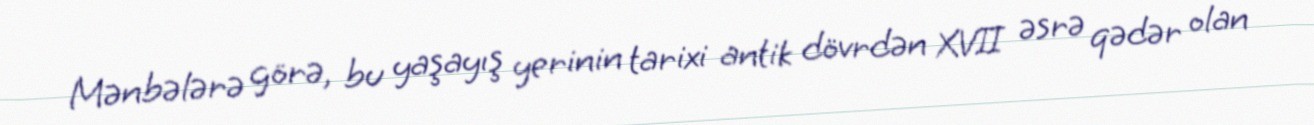
Mənbələrə görə, bu yaşayış yerinin tarixi antik dövrdən XVII əsrə qədər olan